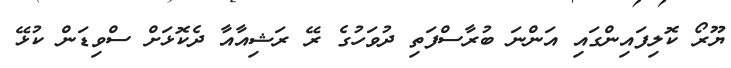
ޔޫރޯ ކޮލިފައިންގައި އަންނަ ބުރާސްފަތި ދުވަހުގެ ރޭ ރަޝިއާއާ ދެކޮޅަށް ސްވިޑަން ކުޅޭ